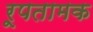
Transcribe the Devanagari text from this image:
रूपतामक